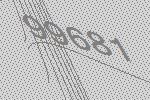
99681